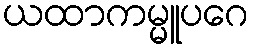
ယထာကမ္မူပဂေ